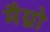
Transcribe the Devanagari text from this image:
मैग्नो